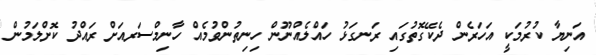
އަނިޔާ ކުރުމަކީ އަހަރެން ދެކޭގޮތުގައި ރަނގަޅު ހައްލެއްނޫން ހިނިތުންވުމެއް ހާނިމްސަރއަށް ރައްދު ކޮށްލަމުން